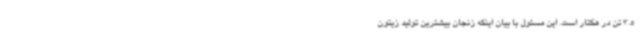
3.5 تن در هکتار است. این مسئول با بیان اینکه زنجان بیشترین تولید زیتون